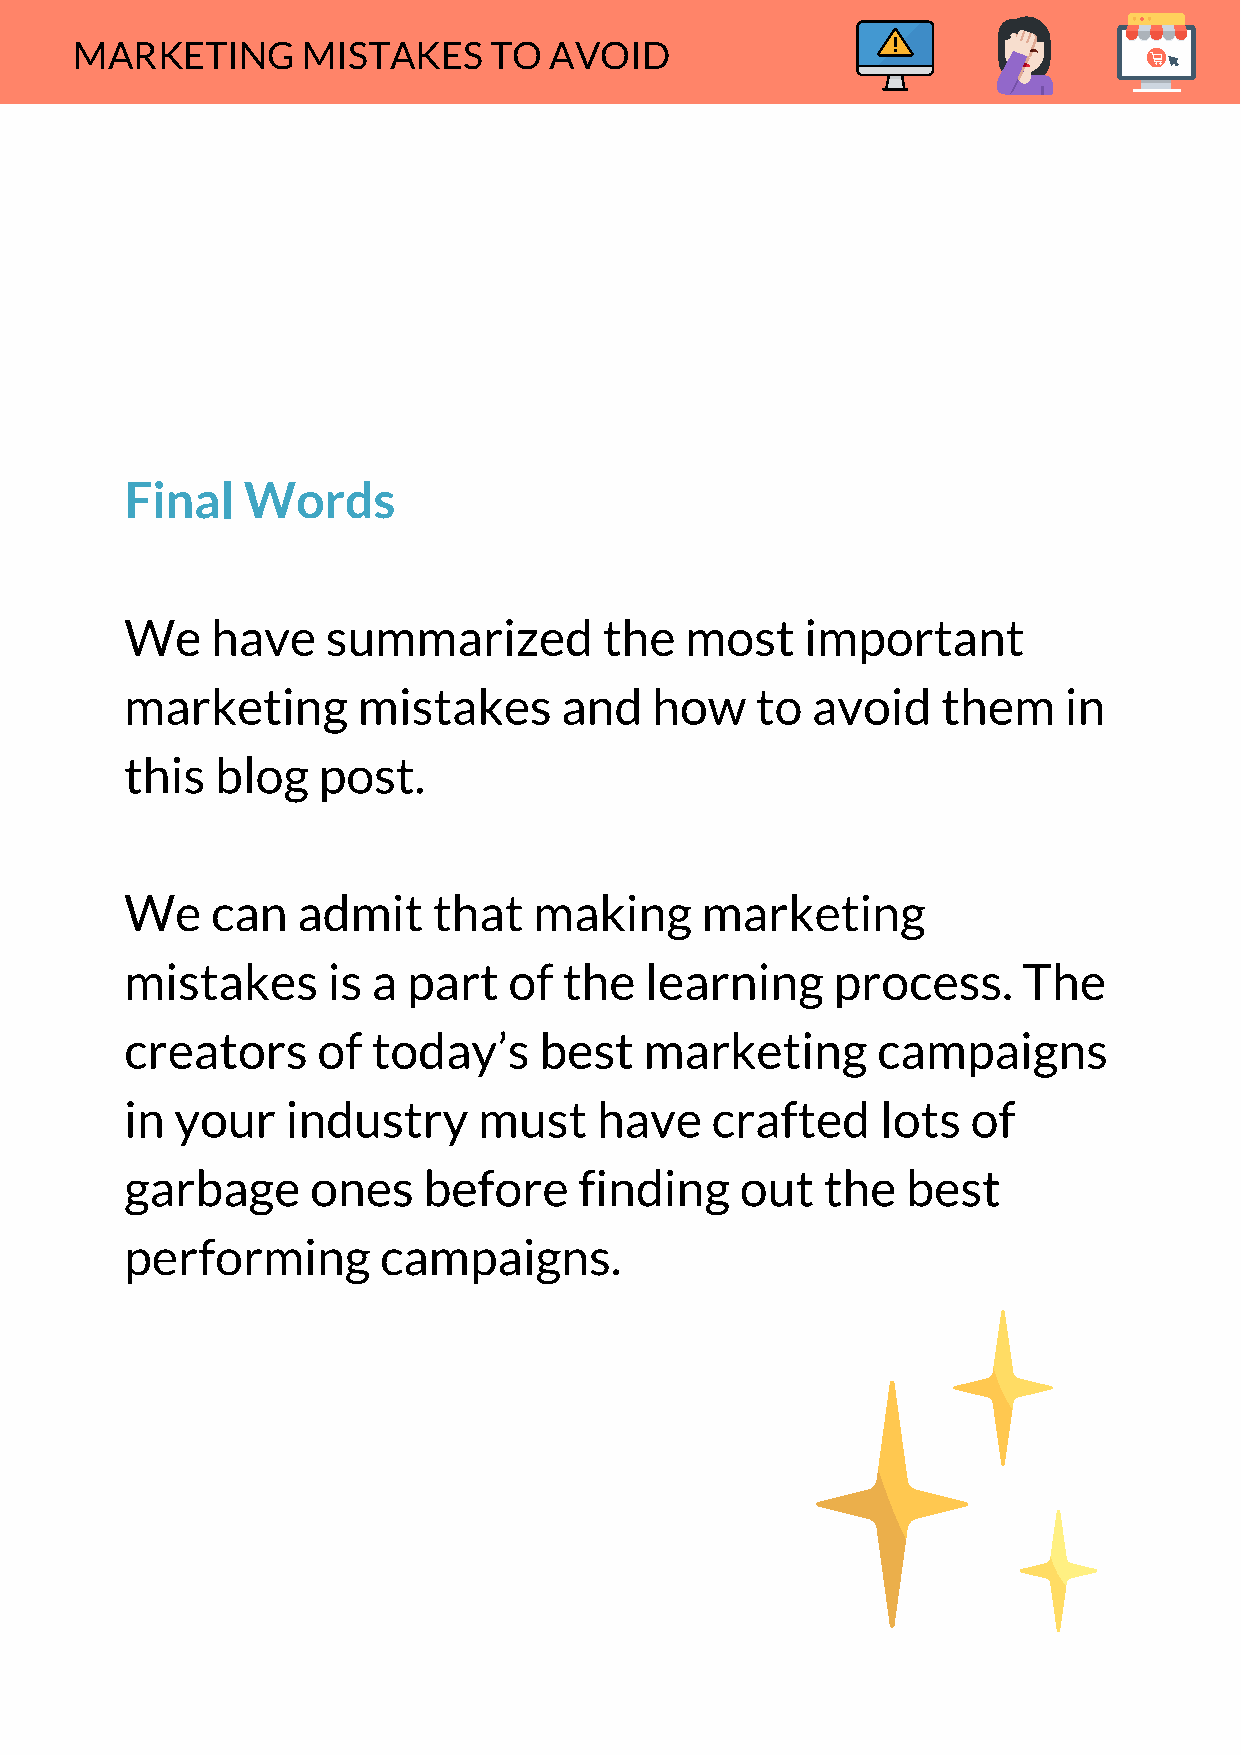
MARKETING      MISTAKES    TO  AVOID
 Final   Words
 We    have    summarized        the  most    important
 marketing       mistakes     and   how    to  avoid   them    in
 this  blog   post.
 We    can   admit    that  making     marketing
 mistakes      is a part   of the   learning    process.     The
 creators     of  today’s    best   marketing      campaigns
 in  your   industry     must    have   crafted    lots  of
 garbage      ones   before    finding    out   the  best
 performing       campaigns.